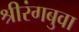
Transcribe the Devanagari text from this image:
श्रीरंगबुवा